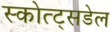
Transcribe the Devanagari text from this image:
स्कोत्ट्सडेल